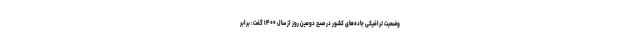
وضعیت ترافیکی جاده‌های کشور در صبح دومین روز از سال ۱۴۰۰ گفت: برابر